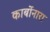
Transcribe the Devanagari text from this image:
कार्बोनारा